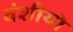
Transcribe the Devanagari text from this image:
वंशीयो